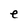
Character: e